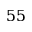
5 5